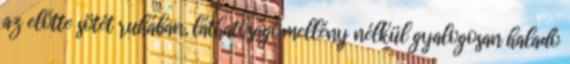
az előtte sötét ruhában, láthatósági mellény nélkül gyalogosan haladó